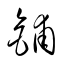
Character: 鋪